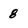
Character: 8